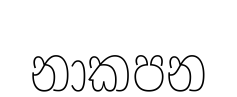
නාකපන